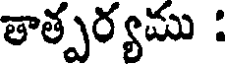
తాత్పర్యము :